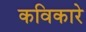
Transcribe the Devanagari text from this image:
कविकारे